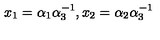
x _ { 1 } = \alpha _ { 1 } \alpha _ { 3 } ^ { - 1 } , x _ { 2 } = \alpha _ { 2 } \alpha _ { 3 } ^ { - 1 }